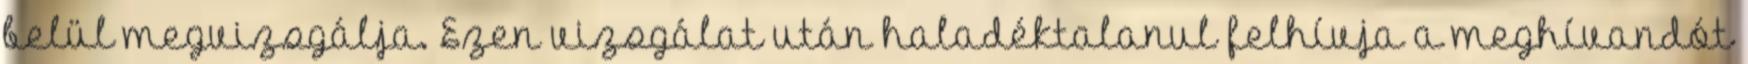
belül megvizsgálja. Ezen vizsgálat után haladéktalanul felhívja a meghívandót